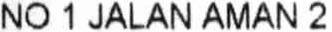
NO 1 JALAN AMAN 2